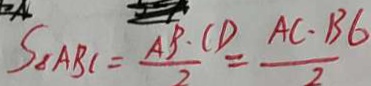
S _ { \Delta A B C } = \frac { A B \cdot C D } { 2 } = \frac { A C \cdot B G } { 2 }